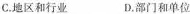
C.地区和行业 D.部门和单位